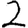
Digit: 2